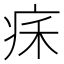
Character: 𤵥